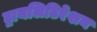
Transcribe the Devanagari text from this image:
ट्रायलिटिरेशन